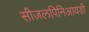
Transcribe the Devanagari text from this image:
सीज़लपिनिआयडी